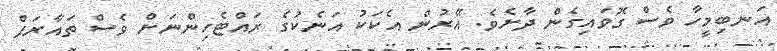
އަނބިމީހާ ވެސް ގޮވައިގެން ދާށެވެ. އޭރުން އެކަކު އަނެކުގެ ރައްޓެހިންނަށް ވެސް ތައާރަފް